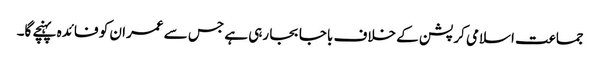
جماعت اسلامی کرپشن کے خلاف باجا بجا رہی ہے جس سے عمران کو فائدہ پہنچے گا۔